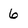
Character: 6